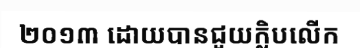
២០១៣ ដោយបានជួយក្លិបលើក